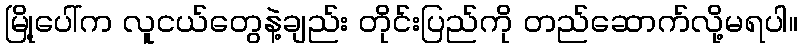
မြို့ပေါ်က လူငယ်တွေနဲ့ချည်း တိုင်းပြည်ကို တည်ဆောက်လို့မရပါ။